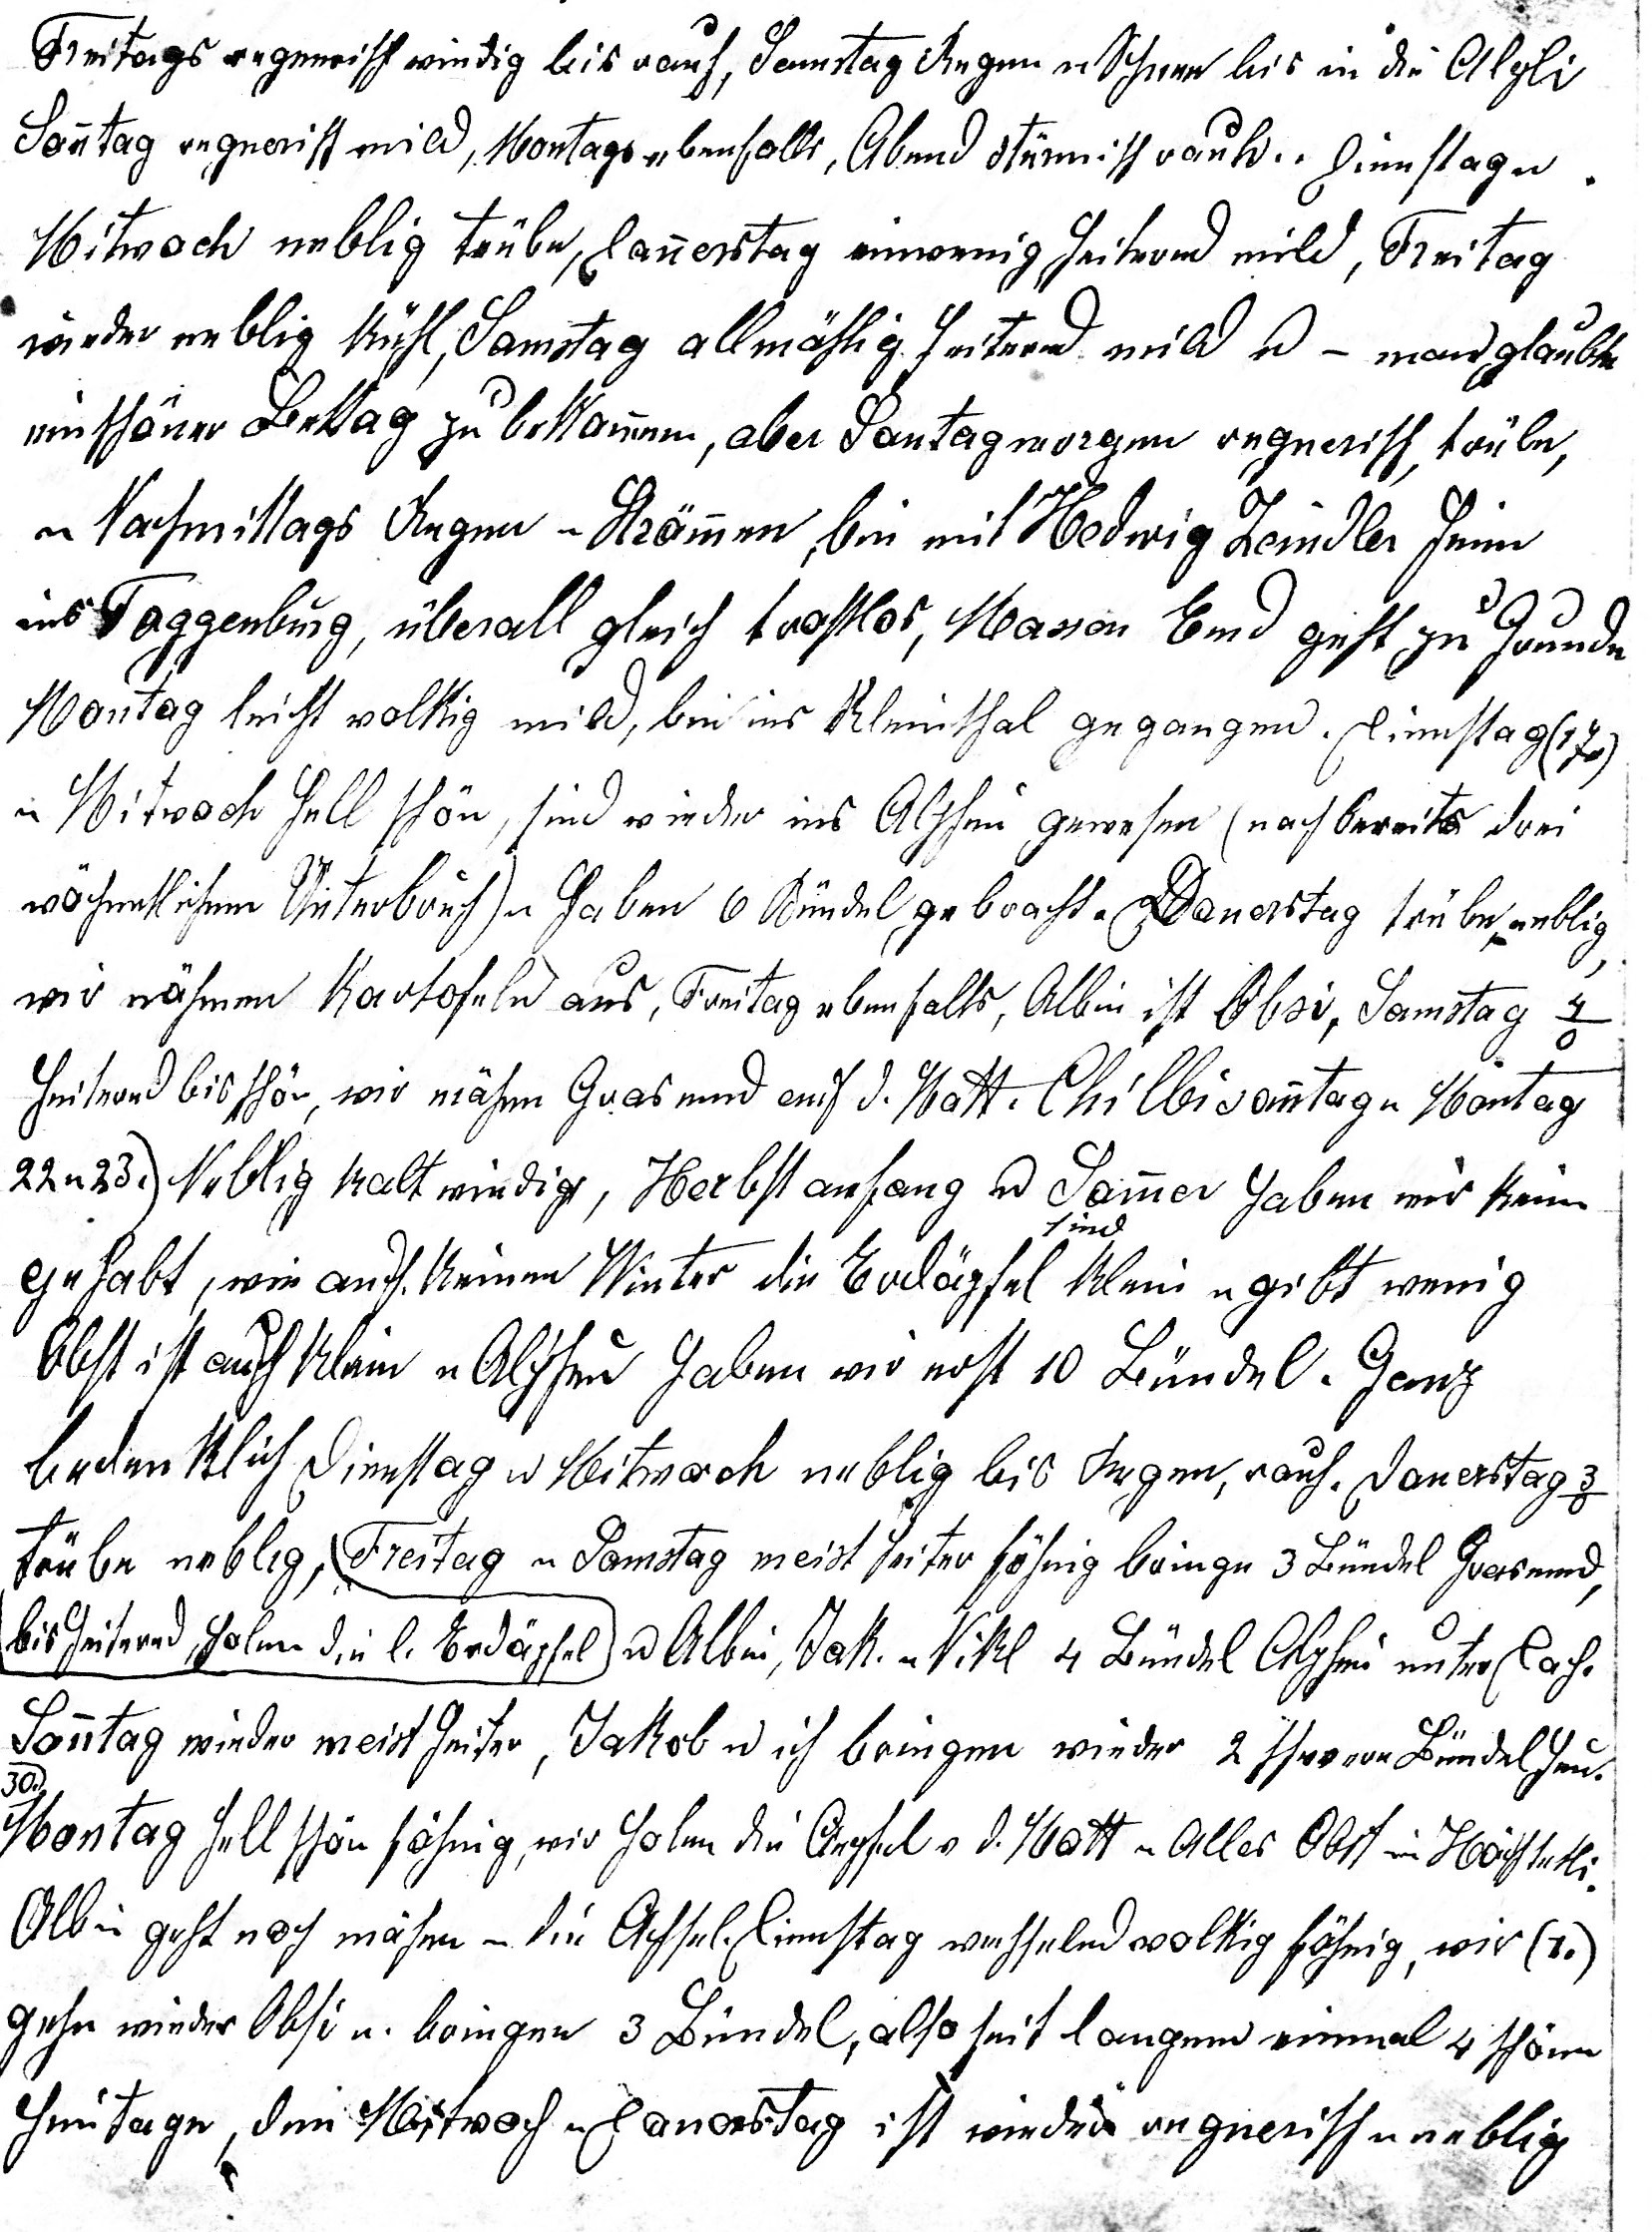
Freitags regnerisch windig bis rauh, Samstag Regen u Schnee bis in die Alpli
Sonnag regnerisch mild, Montags ebenfalls, Abend stürmisch rauh. Dienstag u
Mitwoch neblig trübe, Donerstag ein wenig heiternd mild, Freitag
wieder neblig kühl, Samstag allmählig heiternd mild u – man glaubte
ein schöner Bettag zu bekom¬men, aber Sontagmorgen regnerisch, trübe
u Nachmittags Regen in Strömen, bin mit Hedwig Zeindler heim
ins Toggenburg, überall gleich trostlos, Massen Emd geht zu Grunde.
Montag leicht wolkig mild, bin ins Kleinthal gegangen. Dienstag (17.)
u Mitwoch hell schön, sind wieder ins Alpli gewesen (nach bereits drei
wöchentlichem Unterbruch) u haben 6 Bün¬del gebracht. Donerstag trübe, neblig,
wir nähmen Kartofeln aus, Freitag ebenfalls, Albin ist Obsi, Samstag 4o
heiternd bis schön, wir mähen Grasemd auf d. Matt. Chilbisontag u Montag
22. u 23.) Neblig kalt windig, Herbstanfang u Sommer haben wir keinen

gehabt, wie auch keinen Winter, die Erdäpfel sind klein u gibt wenig,
Obst ist auch klein u Alpheu haben wir erst 10 Bündel. Ganz
bedenklich. Dienstag u Mitwoch neblig bis Regen, rauh. Donerstag 3o
trübe neblig,  Freitag u Sams¬tag meist heiter föhnig bringen 3 Bündel Grasemd,
bis heiternd, holen die l.Erdäpfel. u Albin, Jak. u Nikl. 4 Bündel Alpheu  unter Dach.
Sonntag wieder meist heiter, Jakob u ich bringen wie¬ der 2 schwere Bündel Heim
30.
Montag hell schön föhnig, wir holen die Aepfel v d. Matt u Alles Obst im Höschetli.
Albin geht noch mähen in die Achsel. Dienstag wechselnd wolkig föhnig, wir (1.)
gehen wieder Obsi u bringen 3 Bündel, also seit langem einmal 4 schöne
Heutage, den Mitwoch u Donerstag ist wieder regnerisch u neblig